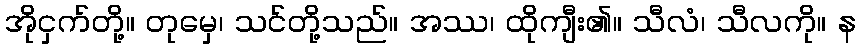
အိုငှက်တို့။ တုမှေ၊ သင်တို့သည်။ အဿ၊ ထိုကျီး၏။ သီလံ၊ သီလကို။ န